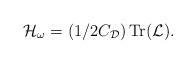
LaTeX: \begin{align*}{\cal H}_{\omega}=(1/2C_{\cal D})\thinspace{\rm Tr}({\cal L}).\end{align*}